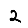
Digit: 2